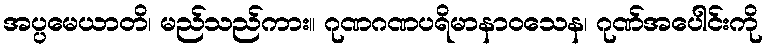
အပ္ပမေယာတိ၊ မည်သည်ကား။ ဂုဏဂဏပရိမာနာဝသေန၊ ဂုဏ်အပေါင်းကို